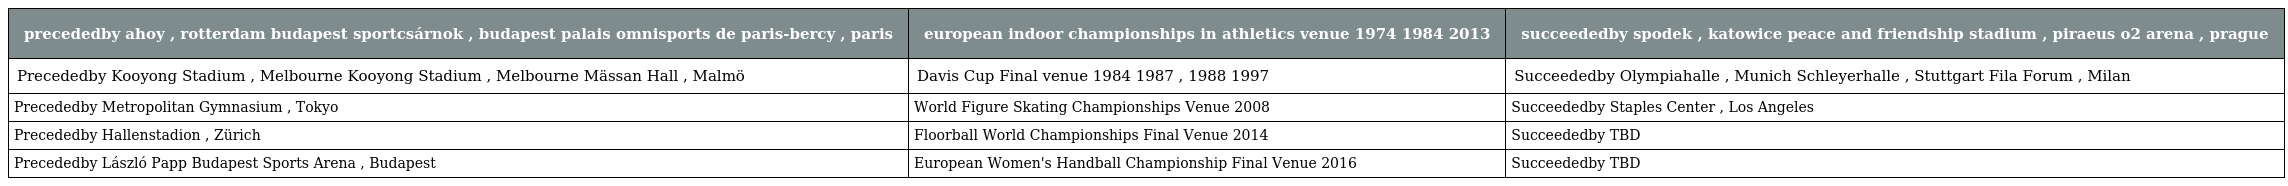
| precededby ahoy , rotterdam budapest sportcsárnok , budapest palais omnisports de paris-bercy , paris | european indoor championships in athletics venue 1974 1984 2013 | succeededby spodek , katowice peace and friendship stadium , piraeus o2 arena , prague |
 | --- | --- | --- |
 | Precededby Kooyong Stadium , Melbourne Kooyong Stadium , Melbourne Mässan Hall , Malmö | Davis Cup Final venue 1984 1987 , 1988 1997 | Succeededby Olympiahalle , Munich Schleyerhalle , Stuttgart Fila Forum , Milan |
 | Precededby Metropolitan Gymnasium , Tokyo | World Figure Skating Championships Venue 2008 | Succeededby Staples Center , Los Angeles |
 | Precededby Hallenstadion , Zürich | Floorball World Championships Final Venue 2014 | Succeededby TBD |
 | Precededby László Papp Budapest Sports Arena , Budapest | European Women's Handball Championship Final Venue 2016 | Succeededby TBD |